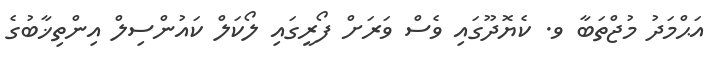
އަޙްމަދު މުޖްތަބާ ވ. ކެޔޮދޫގައި ވެސް ވަރަށް ފޯރީގައި ލޯކަލް ކައުންސިލް އިންތިޚާބުގެ